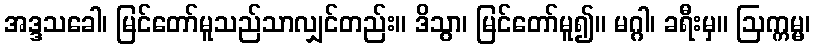
အဒ္ဒသခေါ၊ မြင်တော်မူသည်သာလျှင်တည်း။ ဒိသွာ၊ မြင်တော်မူ၍။ မဂ္ဂါ၊ ခရီးမှ။ ဩက္ကမ္မ၊